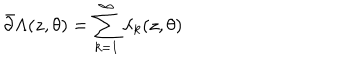
\bar { \partial } \Lambda ( z , \theta ) = \sum _ { k = 1 } ^ { \infty } \lambda _ { k } ( z , \theta )